Report of the Indian Hemp Drugs Commission, 1894-1895 - Volume III
Year: 1894
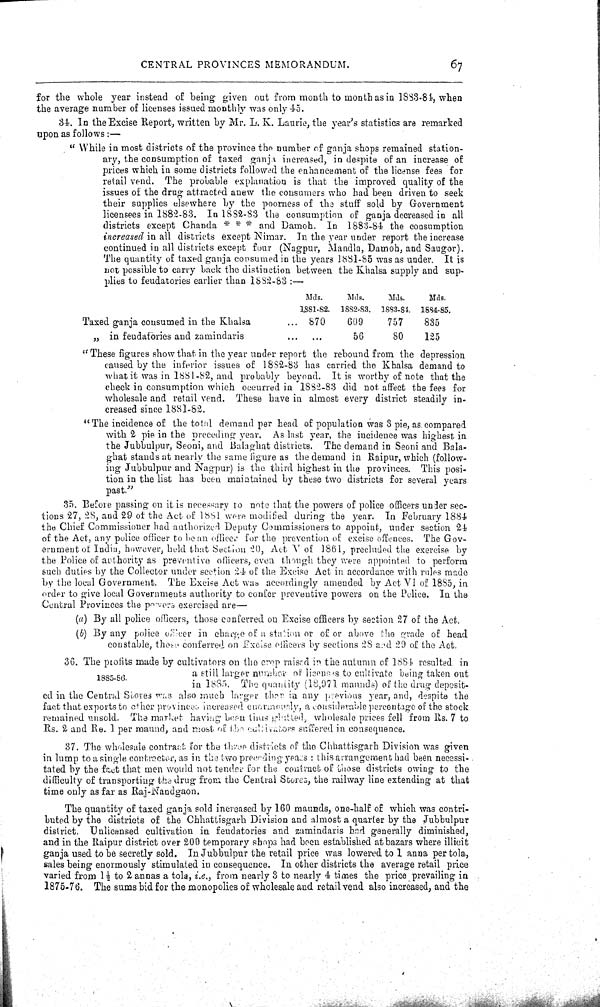
CENTRAL PROVINCES MEMORANDUM.
67
for the whole year instead of being given out from month to month as in 1883-84, when
the average number of licenses issued monthly was only 45.
34. In the Excise Report, written by Mr. L. K. Laurie, the year's statistics are remarked
upon as follows:—
"While in most districts of the province the number of ganja shops remained station-
ary, the consumption of taxed ganja increased, in despite of an increase of
prices which in some districts followed the enhancement of the license fees for
retail vend. The probable explanation is that the improved quality of the
issues of the drug attracted anew the consumers who had been driven to seek
their supplies elsewhere by the poorness of the stuff sold by Government
licensees in 1882-83. In 1882-83 the consumption of ganja decreased in all
districts except Chanda * * * and Damoh. In 1883-84 the consumption
increased in all districts except Nimar. In the year under report the increase
continued in all districts except four (Nagpur, Mandla, Damoh, and Saugor).
The quantity of taxed ganja consumed in the years 1881-85 was as under. It is
not possible to carry back the distinction between the Khalsa supply and sup-
plies to feudatories earlier than 1882-83:—
Mds.
Mds.
Mds.
Mds.
1881-82. 1882-83. 1883-84. 1884-85.
Taxed ganja consumed in the Khalsa
870
609
757
835
" in feudatories and zamindaris
56
80
125
"These figures show that in the year under report the rebound from the depression
caused by the inferior issues of 1882-83 has carried the Khalsa demand to
what it was in 1881-82, and probably beyond. It is worthy of note that the
check in consumption which occurred in 1882-83 did not affect the fees for
wholesale and retail vend. These have in almost every district steadily in-
creased since 1881-82.
"The incidence of the total demand per head of population was 3 pie, as compared
with 2 pie in the preceding year. As last year, the incidence was highest in
the Jubbulpur, Seoni, and Balaghat districts. The demand in Seoni and Bala-
ghat stands at nearly the same figure as the demand in Raipur, which (follow-
ing Jubbulpur and Nagpur) is the third highest in the provinces. This posi-
tion in the list has been maintained by these two districts for several years
past."
35. Before passing on it is necessary to note that the powers of police officers under sec-
tions 27, 28, and 29 of the Act of 1881 were modified during the year. In February 1884
the Chief Commissioner had authorized Deputy Commissioners to appoint, under section 24
of the Act, any police officer to be an officer for the prevention of excise offences. The Gov-
ernment of India, however, held that Section 20, Act V of 1861, precluded the exercise by
the Police of authority as preventive officers, even though they were appointed to perform
such duties by the Collector under section 24 of the Excise Act in accordance with rules made
by the local Government. The Excise Act was accordingly amended by Act VI of 1885, in
order to give local Governments authority to confer preventive powers on the Police. In the
Central Provinces the powers exercised are—
(a) By all police officers, those conferred on Excise officers by section 27 of the Act.
(b) By any police officer in charge of a station or of or above the grade of head
constable, those conferred on Excise officers by sections 28 and 29 of the Act.
1885-86.
36. The profits made by cultivators on the crop raised in the autumn of 1884 resulted in
a still larger number of licenses to cultivate being taken out
in 1885. The quantity (18,971 maunds) of the drug deposit-
ed in the Central Stores was also much larger than in any previous year, and, despite the
fact that exports to other provinces increased enormously, a considerable percentage of the stock
remained unsold. The market having been thus glatted, wholesale prices fell from Rs. 7 to
Rs. 2 and Re. 1 per maund, and most of the cultivators suffered in consequence.
37. The wholesale contract for the three districts of the Chhattisgarh Division was given
in lump to a single contractor, as in the two preceding years: this arrangement had been necessi-
tated by the fact that men would not tender for the contract of those districts owing to the
difficulty of transporting the drug from the Central Stores, the railway line extending at that
time only as far as Raj-Nandgaon.
The quantity of taxed ganja sold increased by 160 maunds, one-half of which was contri-
buted by the districts of the Chhattisgarh Division and almost a quarter by the Jubbulpur
district. Unlicensed cultivation in feudatories and zamindaris had generally diminished,
and in the Raipur district over 200 temporary shops had been established at bazars where illicit
ganja used to be secretly sold. In Jubbulpur the retail price was lowered to 1 anna per tola,
sales being enormously stimulated in consequence. In other districts the average retail price
varied from 11/2 to 2 annas a tola, i.e., from nearly 3 to nearly 4 times the price prevailing in
1875-76. The sums bid for the monopolies of wholesale and retail vend also increased, and the